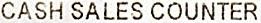
CASH SALES COUNTER